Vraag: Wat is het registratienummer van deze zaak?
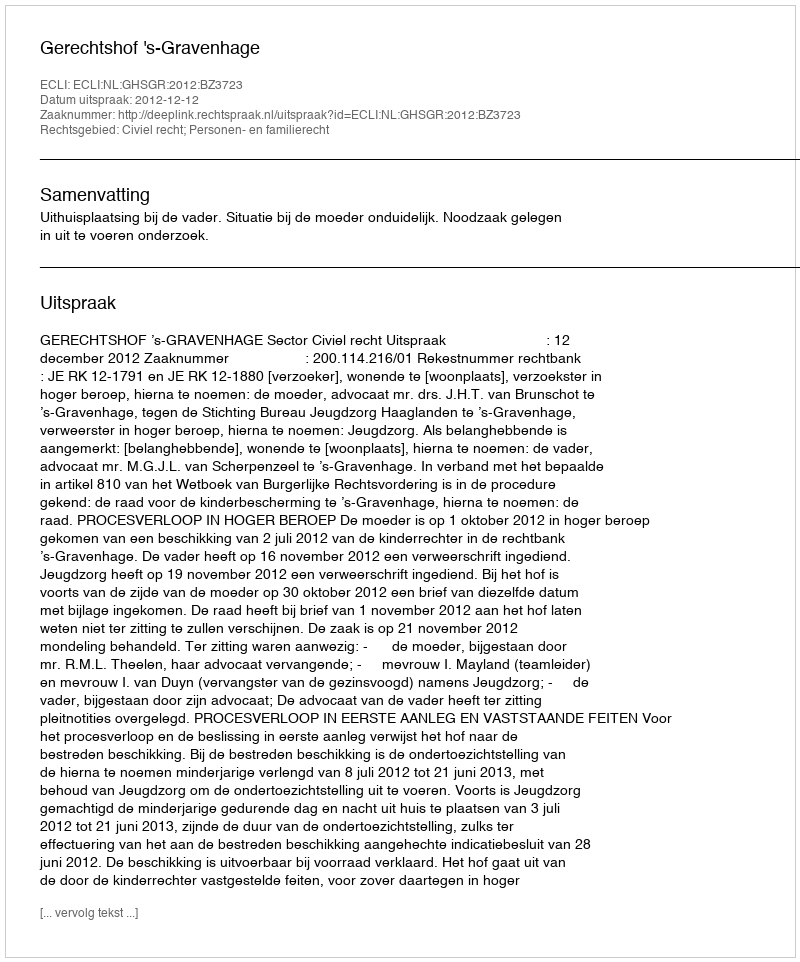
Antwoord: http://deeplink.rechtspraak.nl/uitspraak?id=ECLI:NL:GHSGR:2012:BZ3723